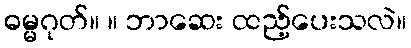
ဓမ္မဂုတ်။ ။ ဘာဆေး ထည့်ပေးသလဲ။